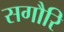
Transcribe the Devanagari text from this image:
सगौरि